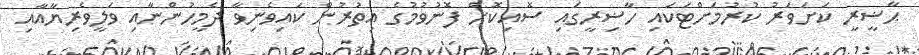
ޙާޟީރީ ކަށަވަރު ކުރުމަށްޓަކައި ހާޟިރީގައި ސޮއިކޮށް ފޮނުވުމުގެ އިތުރުން ކައިވެނިވާ ދެމީހުންނާއި ވަލީވެރިޔާއާއި